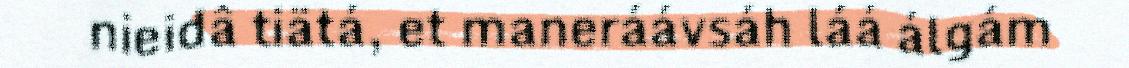
nieidâ tiätá, et maneráávsáh láá álgám